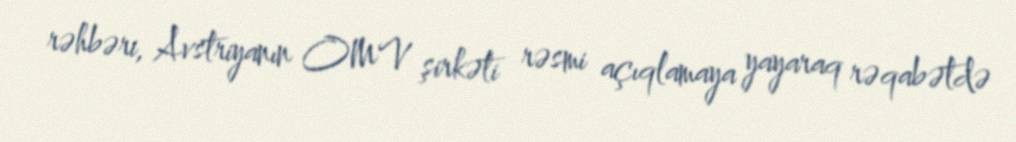
rəhbəri, Avstriyanın OMV şirkəti rəsmi açıqlamaya yayaraq rəqabətdə